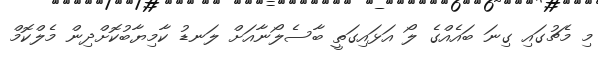
މި މެޗުގައި ގިނަ ބައެއްގެ ލޯ އަޅައިގަތީ ބާސެލޯނާއަށް ލަނޑު ކާމިޔާބުކޮށްދިން މެލްކޮމް